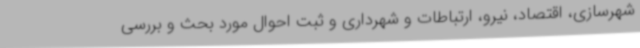
شهرسازی، اقتصاد، نیرو، ارتباطات و شهرداری و ثبت احوال مورد بحث و بررسی